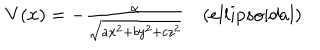
\begin{array} { c } { { V ( { \bf x } ) = - { \frac { \alpha } { \sqrt { a x ^ { 2 } + b y ^ { 2 } + c z ^ { 2 } } } } \space \space \space \space ( e l l i p s o i d a l ) } } \\ \end{array}